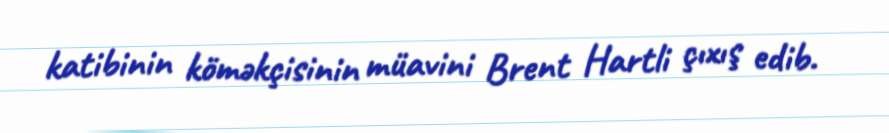
katibinin köməkçisinin müavini Brent Hartli çıxış edib.